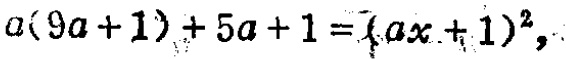
\(a(9a + 1)+5a + 1=(ax + 1)^2\)